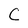
Character: C